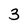
Character: 3